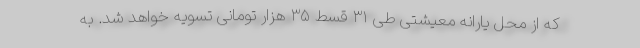
که از محل یارانه معیشتی طی ۳۱ قسط ۳۵ هزار تومانی تسویه خواهد شد. به